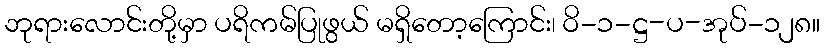
ဘုရားလောင်းတို့မှာ ပရိကမ်ပြုဖွယ် မရှိတော့ကြောင်း၊ ဝိ-၁-ဋ္ဌ-ပ-အုပ်-၁၂၈။